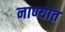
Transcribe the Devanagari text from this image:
नाण्यात